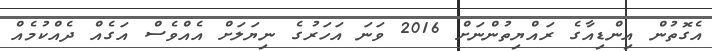
އެގޮތުން އިންޑިއާގެ ރައްޔިތުންނަށް 2016 ވަނަ އަހަރުގެ ނިޔަލަށް އެއްވެސް އަގެއް ދެއްކުމެއް